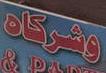
وشركاه